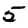
Digit: 5